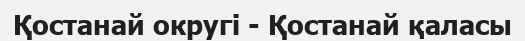
Қостанай округі - Қостанай қаласы